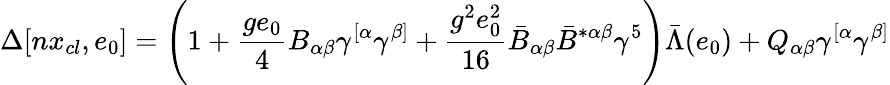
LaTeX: \Delta[nx_{cl},e_{0}]=\left(1+\frac{ge_{0}}{4}B_{\alpha\beta}\gamma^{[\alpha}\gamma^{\beta]}+\frac{g^{2}e_{0}^{2}}{16}\bar{B}_{\alpha\beta}\bar{B}^{*\alpha\beta}\gamma^{5}\right)\bar{\Lambda}(e_{0})+Q_{\alpha\beta}\gamma^{[\alpha}\gamma^{\beta]}